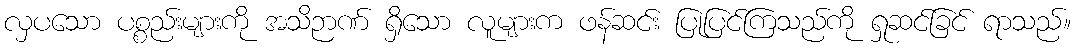
လှပသော ပစ္စည်းများကို အသိဉာဏ် ရှိသော လူများက ဖန်ဆင်း ပြုပြင်ကြသည်ကို ရှုဆင်ခြင် ရာသည်။